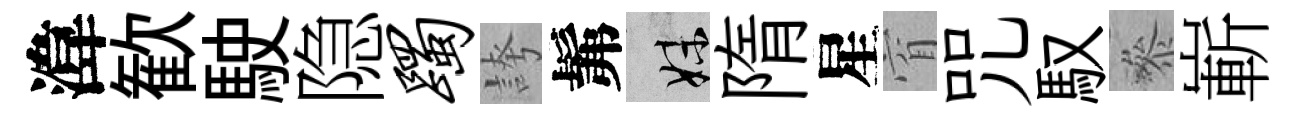
湋歓駛隐躅誇髴妹隋星窅咒馭叅嶄